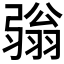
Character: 𢐢